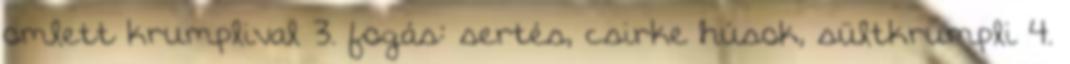
omlett krumplival 3. fogás: sertés, csirke húsok, sültkrumpli 4.